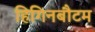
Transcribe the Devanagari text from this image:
हिगिनबौटम